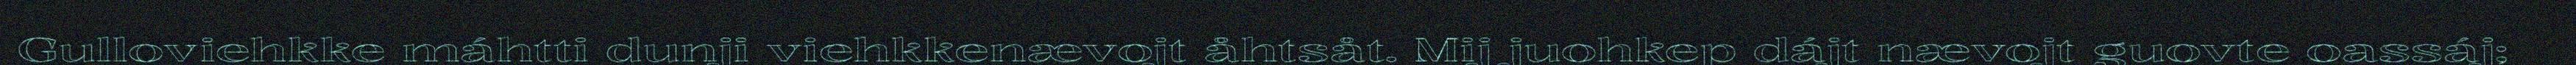
Gulloviehkke máhtti dunji viehkkenævojt åhtsåt. Mij juohkep dájt nævojt guovte oassáj;